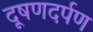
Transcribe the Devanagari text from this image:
दूषणदर्पण